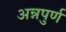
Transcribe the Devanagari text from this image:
अन्नपुर्ण